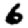
Digit: 6